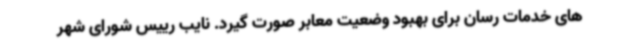
های خدمات رسان برای بهبود وضعیت معابر صورت گیرد. نایب رییس شورای شهر